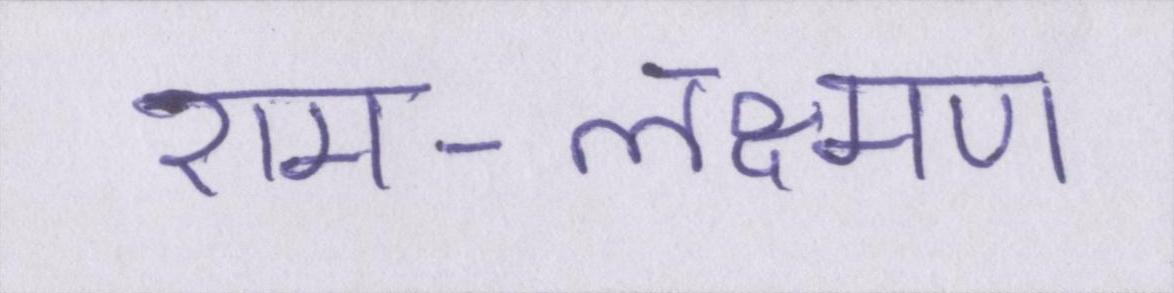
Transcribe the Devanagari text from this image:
राम-लक्ष्मण